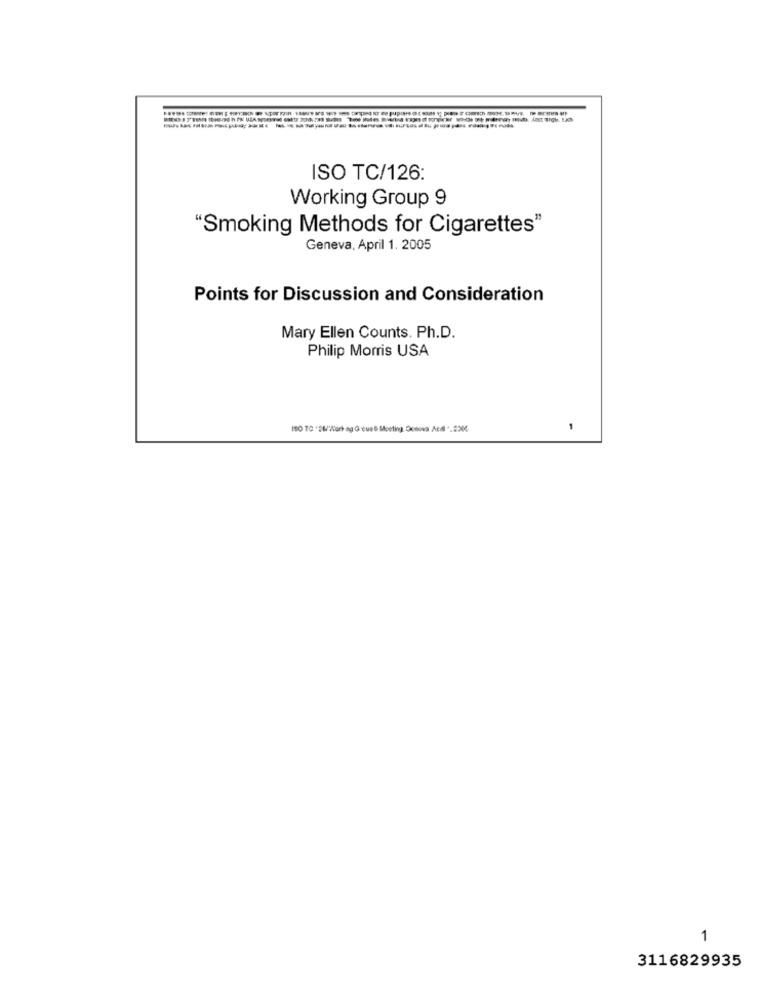
ISO TC/126:
Working Group 9
"Smoking Methods for Cigarettes"
Geneva, April 1. 2005
Points for Discussion and Consideration
Mary Ellen Counts. Ph.D.
Philip Morris USA
ISO TO *26/2er ag Greus Meeting Dosova Acdl'.8214
1
3116829935